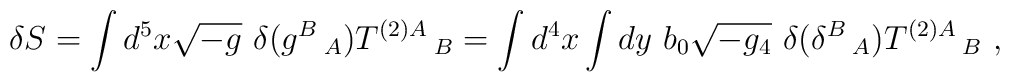
\delta S = \int d^5x\sqrt{-g}~\delta(g^B\,_A)T^{(2)A}\,_B=\int d^4x \int dy ~b_0\sqrt{-g_4}~\delta(\delta^B\,_A)T^{(2)A}\,_B~,